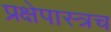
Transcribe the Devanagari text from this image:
प्रक्षेपास्त्रच